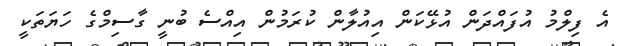
އެ ފިލްމު އުފައްދަން އުޅޭކަން އިއުލާން ކުރަމުން އިއްސެ ބުނީ ގާސިމްގެ ހަޔަތަކީ